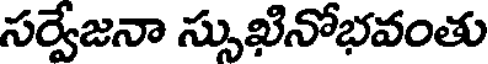
సర్వేజనా స్సుఖినోభవంతు